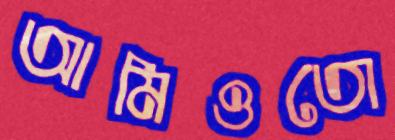
আমিওতো